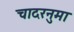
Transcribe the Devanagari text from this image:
चादरनुमा